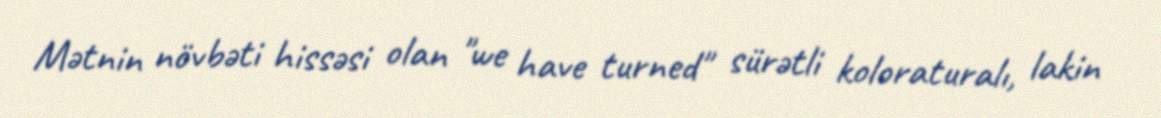
Mətnin növbəti hissəsi olan "we have turned" sürətli koloraturalı, lakin